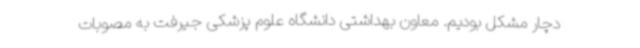
دچار مشکل بودیم. معاون بهداشتی دانشگاه علوم پزشکی جیرفت به مصوبات